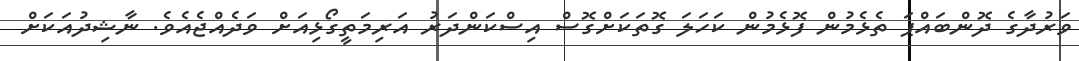
ވަރުދާގެ ދޮންބައްޕަ ތެޅެމުން ފޮޅެމުން ކަހަލަ ގޮތަކަށްގޮސް އިސްކަންދަރު އަރިމަތީގޯޅިއަށް ވަދެއްޖެއެވެ. ނާޝިދުއަކަށް